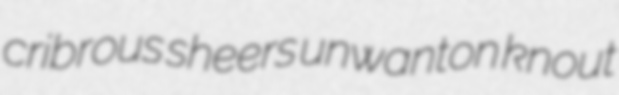
cribrous sheers unwanton knout